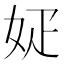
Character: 𡛫